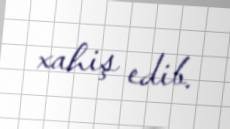
xahiş edib.